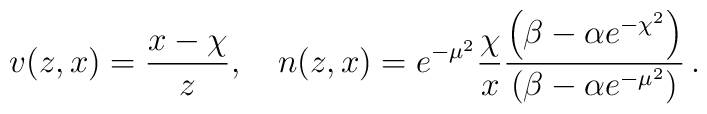
v(z,x)= \frac{x-\chi}{z}, \quad  n(z,x)= e^{-\mu^2} \frac{\chi}{x}        \frac{\left( \beta - \alpha e^{-\chi^2}\right)}    {\left( \beta - \alpha e^{- \mu^2} \right)} \,.